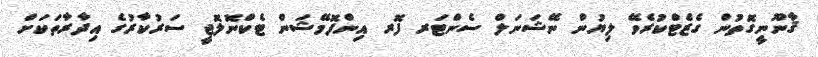
ޤާނޫނީގޮތުން ގެޒެޓްކުރެވޭ ލިޔުން ނޭޝަނަލް ސެންޓަރ ފޮރ އިންފޮމޭޝަން ޓެކްނޮލޮޖީ ސަރުކާރުގެ އިދާރާތަކަށް